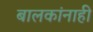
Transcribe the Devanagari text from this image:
बालकांनाही